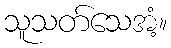
သူသတ်သေအံ့။